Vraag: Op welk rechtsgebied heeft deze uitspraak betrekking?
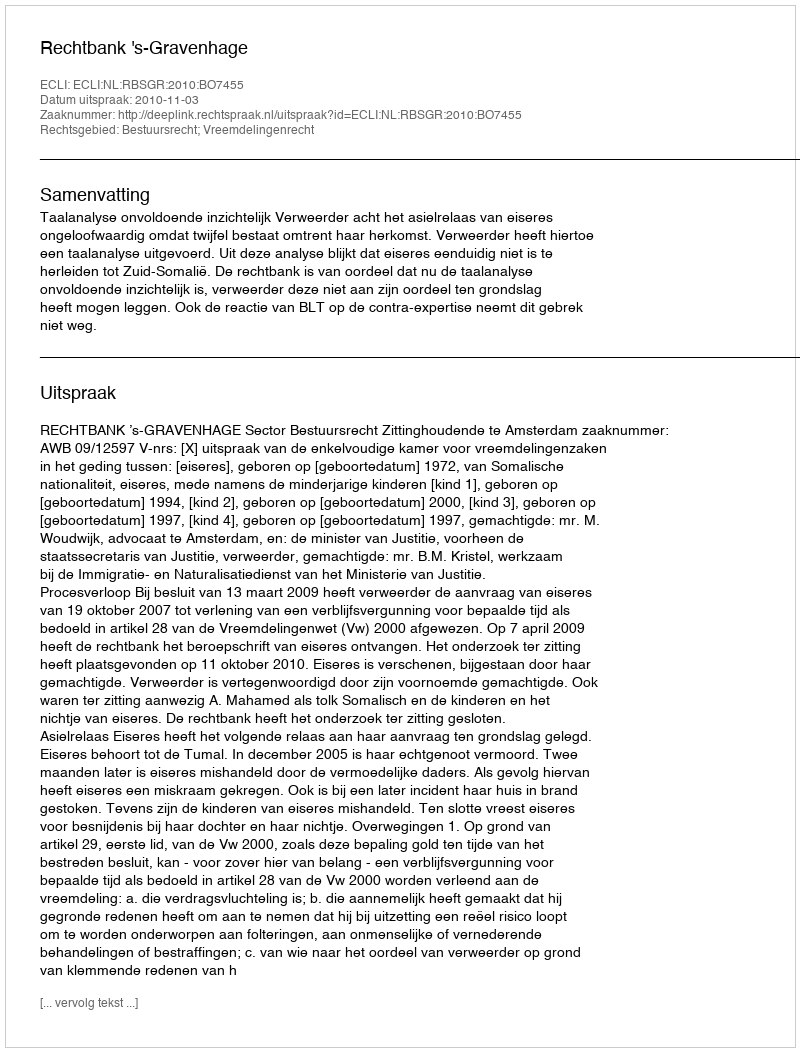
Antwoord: Bestuursrecht; Vreemdelingenrecht